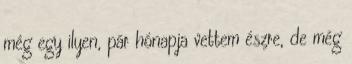
még egy ilyen, pár hónapja vettem észre, de még